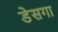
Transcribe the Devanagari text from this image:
डेसगा